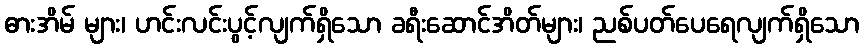
ဓားအိမ် များ၊ ဟင်းလင်းပွင့်လျက်ရှိသော ခရီးဆောင်အိတ်များ၊ ညစ်ပတ်ပေရေလျက်ရှိသော